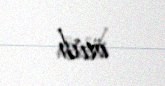
ötüb.